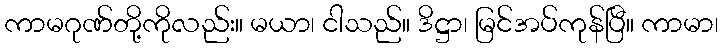
ကာမဂုဏ်တို့ကိုလည်း။ မယာ၊ ငါသည်။ ဒိဋ္ဌာ၊ မြင်အပ်ကုန်ပြီ။ ကာမာ၊